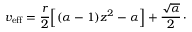
v _ { \mathrm { e f f } } = { \frac { r } { 2 } } \Bigl [ ( \alpha - 1 ) z ^ { 2 } - \alpha \Bigr ] + { \frac { \sqrt { \alpha } } { 2 } } \, \cdotp